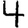
Digit: 4